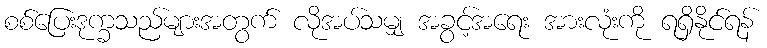
စစ်ပြေးဒုက္ခသည်များအတွက် လိုအပ်သမျှ အခွင့်အရေး အားလုံးကို ရရှိနိုင်ရန်